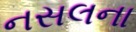
નસલના